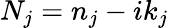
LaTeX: N_{j}=n_{j}-ik_{j}